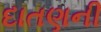
દાતણની